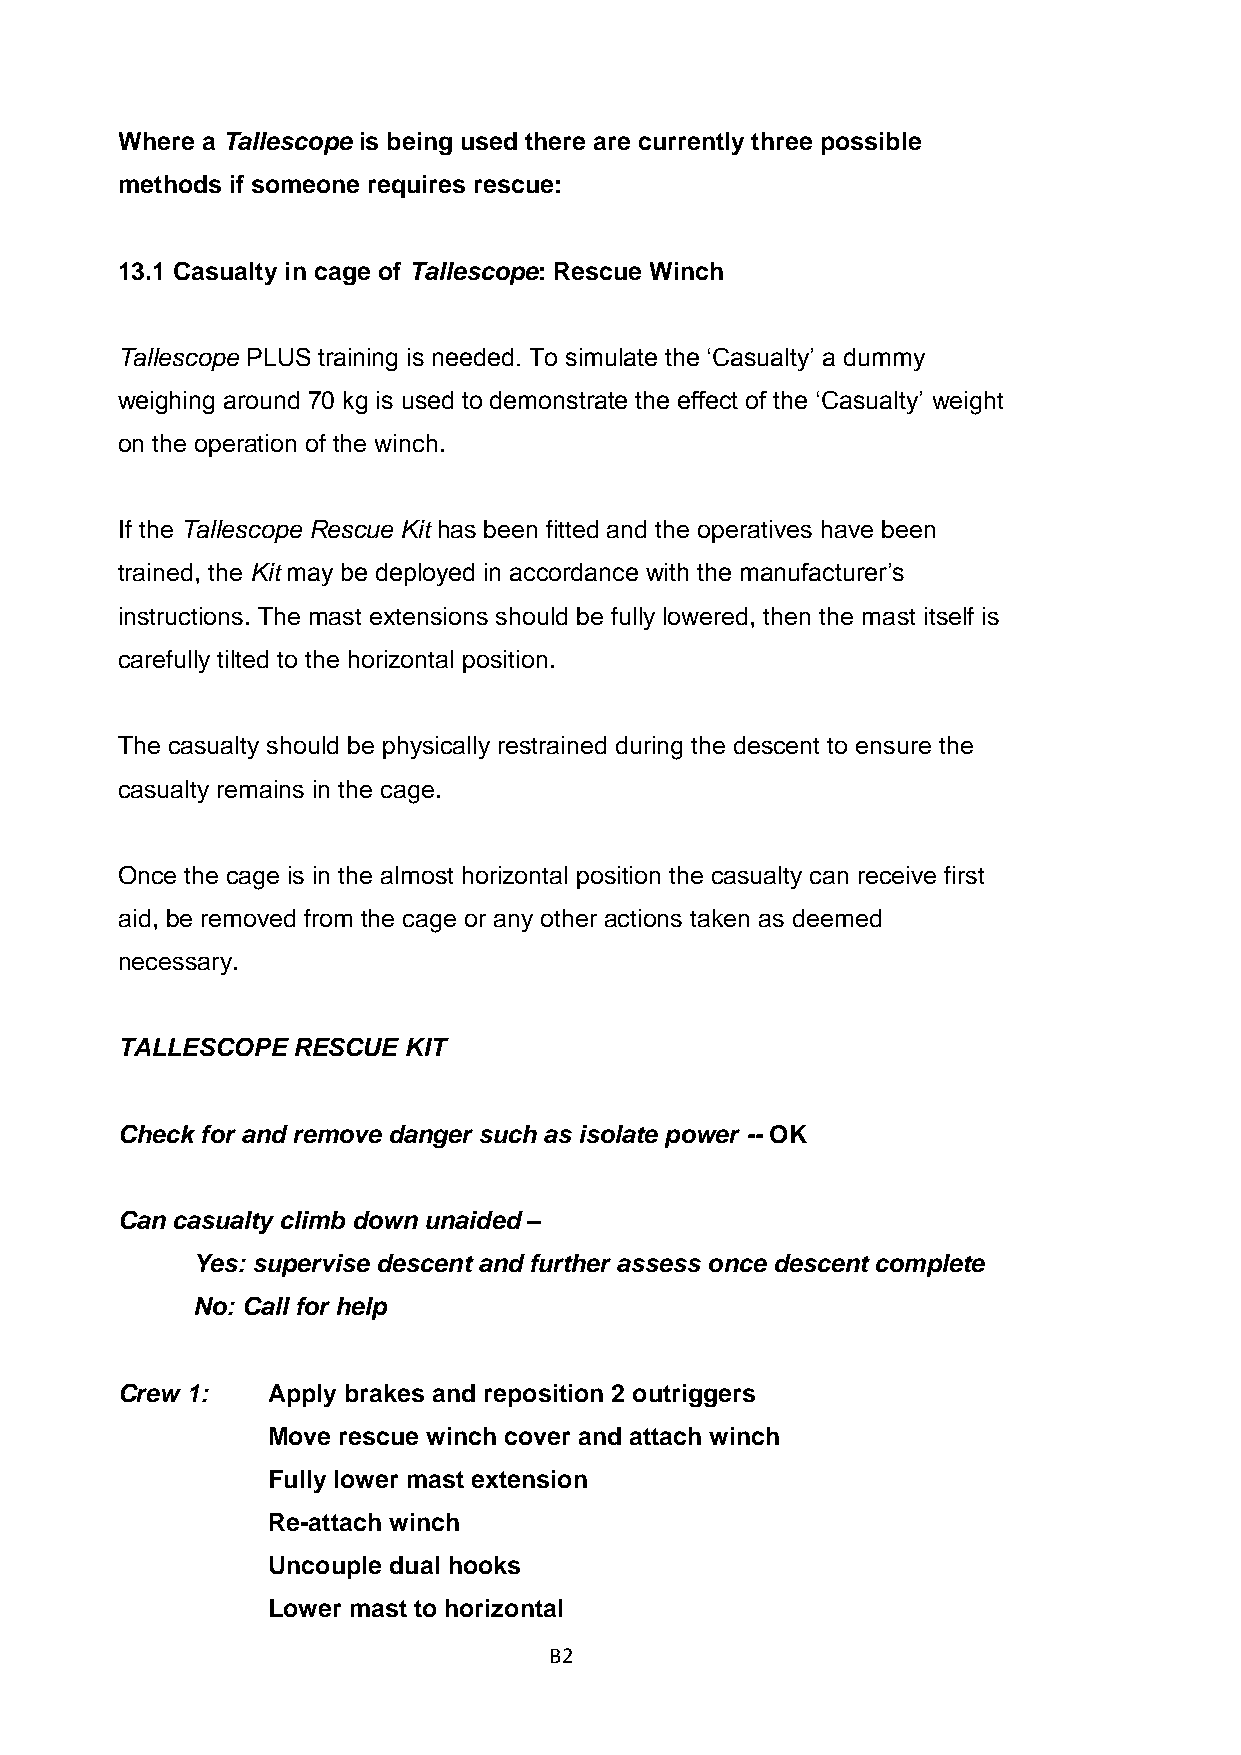
Where a Tallescope is being used there are currently three possible
 methods if someone requires rescue:
 13.1 Casualty in cage of Tallescope: Rescue Winch
 Tallescope PLUS training is needed. To simulate the ‘Casualty’ a dummy
 weighing around 70 kg is used to demonstrate the effect of the ‘Casualty’ weight
 on the operation of the winch.
 If the Tallescope Rescue Kit has been fitted and the operatives have been
 trained, the Kit may be deployed in accordance with the manufacturer’s
 instructions. The mast extensions should be fully lowered, then the mast itself is
 carefully tilted to the horizontal position.
 The casualty should be physically restrained during the descent to ensure the
 casualty remains in the cage.
 Once the cage is in the almost horizontal position the casualty can receive first
 aid, be removed from the cage or any other actions taken as deemed
 necessary.
 TALLESCOPE RESCUE  KIT
 Check for and remove danger such as isolate power -- OK
 Can casualty climb down unaided –
 Yes: supervise descent and further assess once descent complete
 No: Call for help
 Crew 1:   Apply brakes and reposition 2 outriggers
 Move rescue winch cover and attach winch
 Fully lower mast extension
 Re-attach winch
 Uncouple dual hooks
 Lower mast to horizontal
 B2